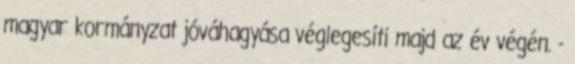
magyar kormányzat jóváhagyása véglegesíti majd az év végén. -